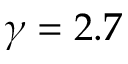
\gamma = 2 . 7